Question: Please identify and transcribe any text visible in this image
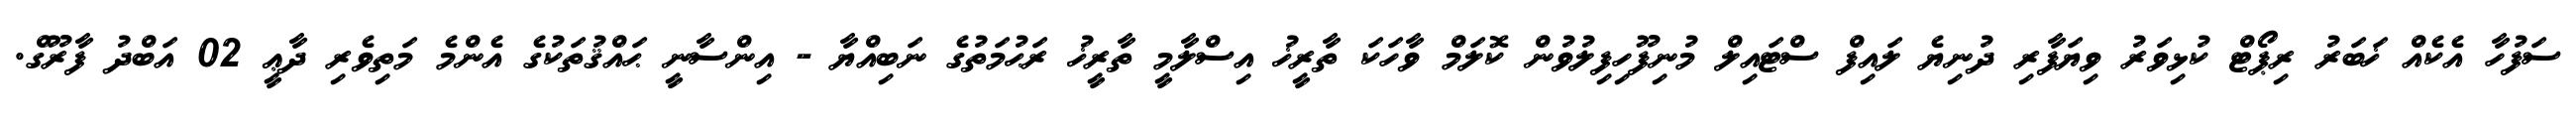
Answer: ސަފުހާ އެކެއް ޚަބަރު ރިޕޯޓް ކުޅިވަރު ވިޔަފާރި ދުނިޔެ ލައިފް ސްޓައިލް މުނިފޫހިފިލުވުން ކޮލަމް ވާހަކަ ތާރީޚު އިސްލާމީ ތާރީޚު ރަޙުމަތުގެ ނަބިއްޔާ - އިންސާނީ ޙައްޤުތަކުގެ އެންމެ މަތިވެރި ދާޢީ 02 އަބްދު ފާރޫގް.